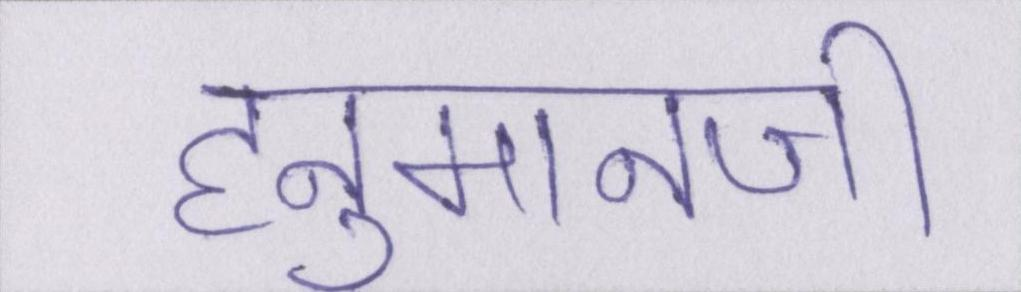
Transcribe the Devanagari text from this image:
हनुमानजी